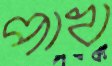
পাখ